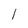
Character: l